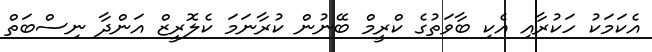
އެކަމަކު ހަކުރާއި އެކި ބާވަތުގެ ކްރީމް ބޭނުން ކުރާނަމަ ކެލޮރީޒް އަންދާ ނިސްބަތް